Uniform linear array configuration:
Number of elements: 16
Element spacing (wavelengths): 1
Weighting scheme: binomial
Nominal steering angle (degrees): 60
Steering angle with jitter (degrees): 59.35
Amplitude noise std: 0.05
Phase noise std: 0.05

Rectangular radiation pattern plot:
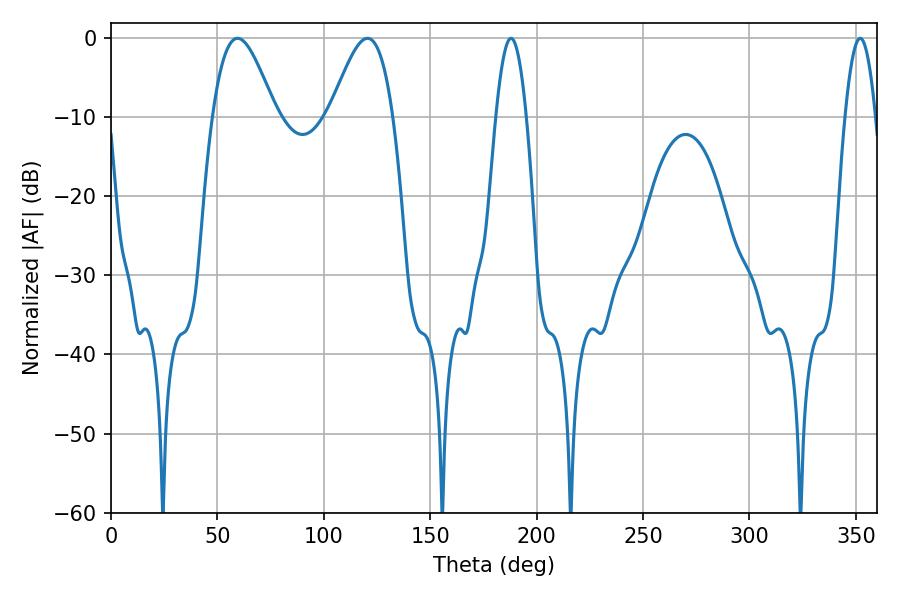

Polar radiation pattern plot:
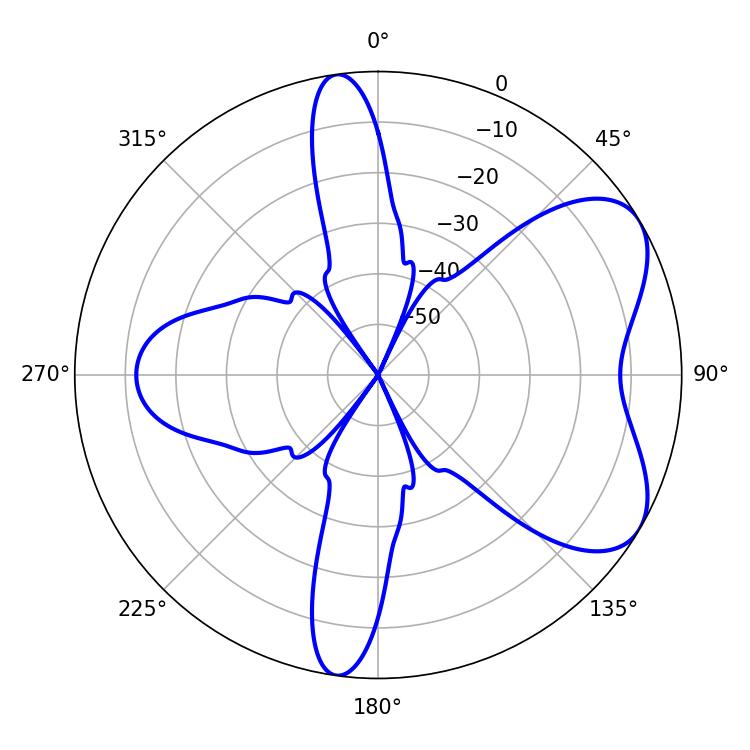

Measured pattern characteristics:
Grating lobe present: TRUE
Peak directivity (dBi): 6.129
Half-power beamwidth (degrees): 15.84
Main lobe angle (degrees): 59.4